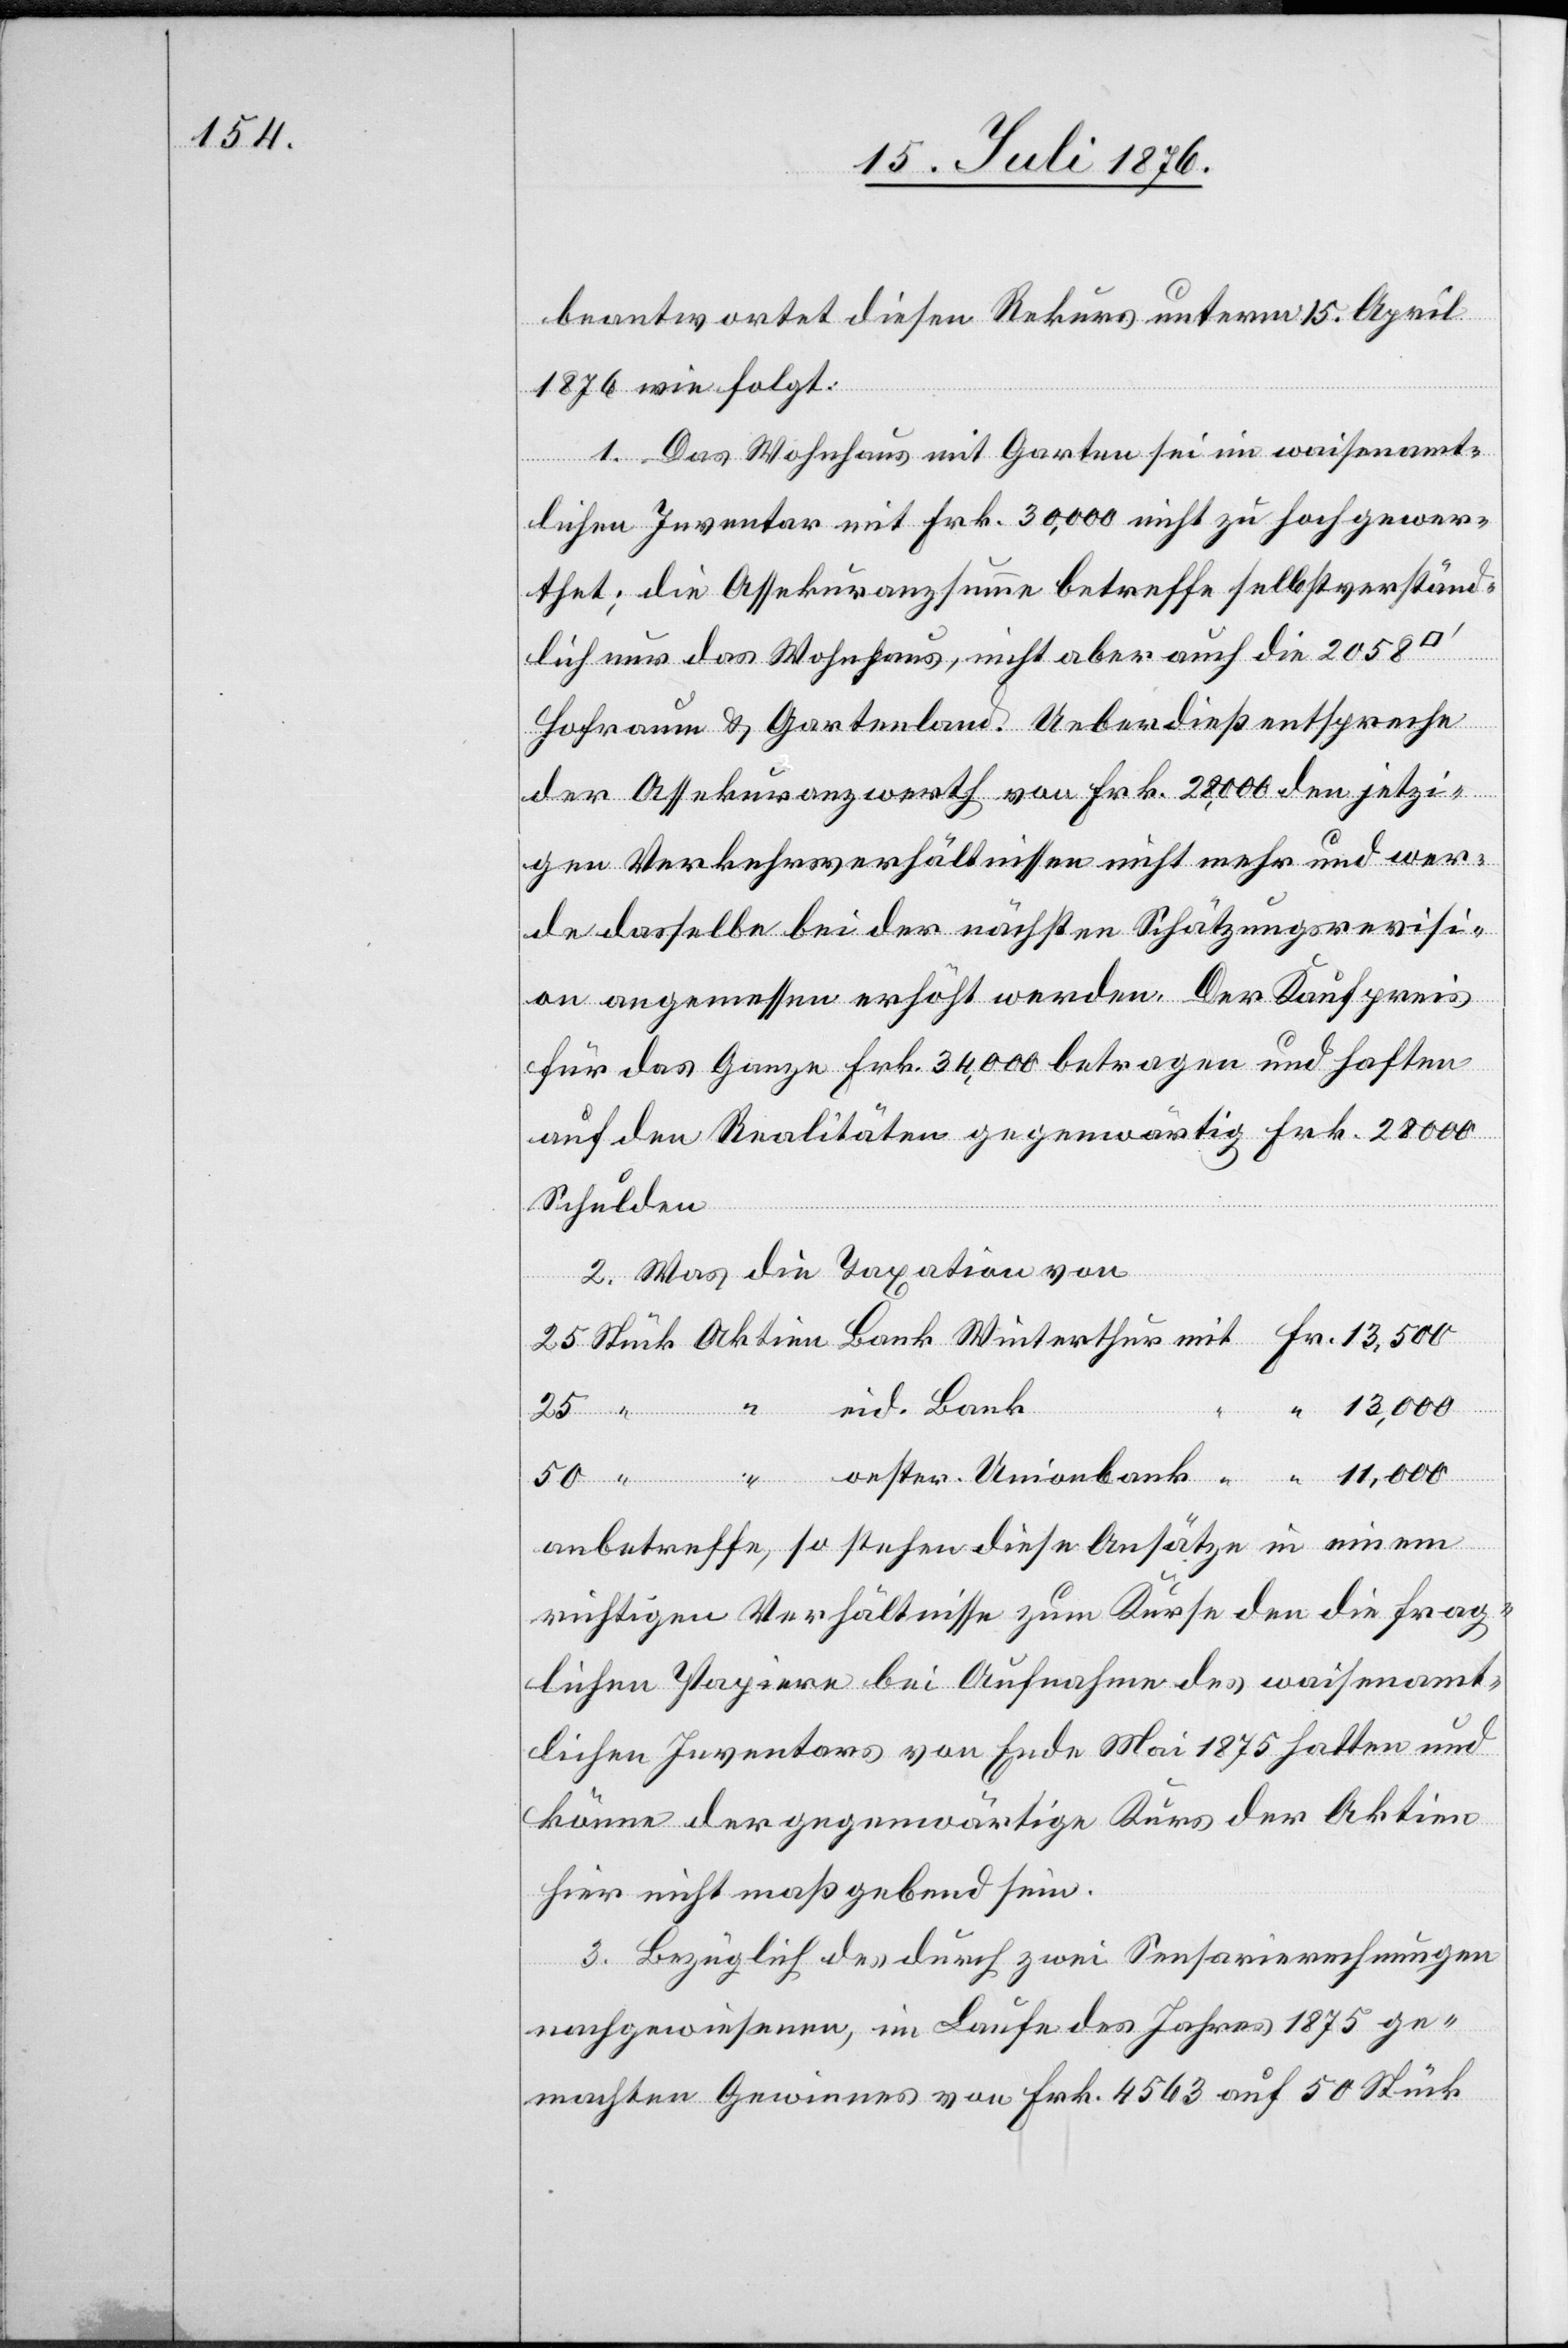
beantwortet diesen Rekurs unterm 15. April
1876 wie folgt:
1. Das Wohnhaus mit Garten sei im Waisenamt¬
lichen Inventar mit Frk. 30,000 nicht zu hoch gewer¬
thet; die Asssekuranzsumme betreffe selbstverständ¬
lich nur das Wohnhaus, nicht aber auch die 2085
Hohraum & Gartenland. Ueberdieß entspreche
der Assekuranzwerth von Frk. 28,000 den jetzi¬
gen Verkehrsverhältnissen nicht mehr und wer¬
de dasselbe bei der nächsten Schätzungsrevisi¬
on angemessen erhöht werden. Der Kaufpreis
für das Ganze [hat] Frk. 34,000 betragen und [es] haften
auf den Realitäten gegenwärtig Frk. 28000
Schulden.
2. Was die Taxation von
eid. Bank
Aktien
13,000
50
oester. Union¬
anbetreffe, so stehen diese Ansätze in einem
richtigen Verhältnisse zum Kurse der die frag¬
lichen Papiere bei Aufnahme des waisenamt¬
lichen Inventars von Ende Mai 1875 hatten und
könne der gegenwärtige Kurs der Aktien
hier nicht maßgebend sein.
bank
3. Bezüglich der durch zwei Sensarierechnungen
nachgewiesenen, im Laufe des Jahres 1875 ge¬
machten Gewinns von Frk. 4563 auf 50 Stück

mit